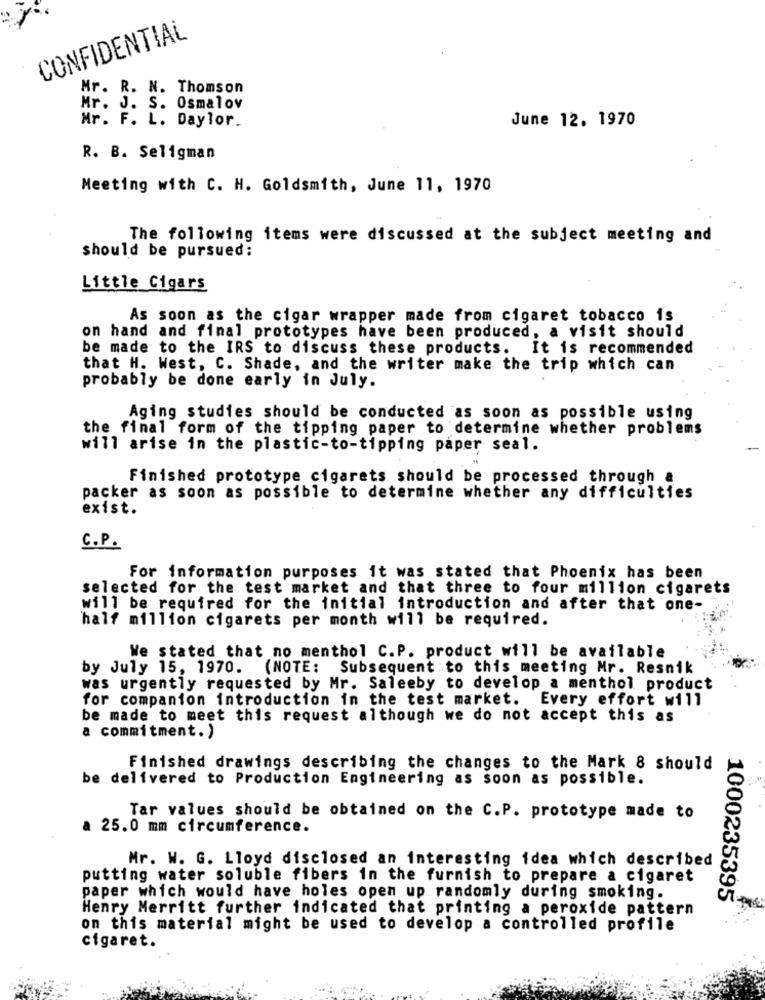
CONFIDENTIAL
Mr. R. N. Thomson
Mr. J. S. Osmalov
Mr. F. L. Daylor.
June 12. 1970
R. B. Seligman
Meeting with C. H. Goldsmith, June 11, 1970
The following items were discussed at the subject meeting and
should be pursued;
Little Cigars
As soon as the cigar wrapper made from cigaret tobacco is
on hand and final prototypes have been produced, a visit should
be made to the IRS to discuss these products.
It is recommended
that H. West, C. Shade, and the writer make the trip which can
probably be done early in July.
Aging studies should be conducted as soon as possible using
the final form of the tipping paper to determine whether problems
will arise in the plastic-to-tipping paper seal.
Finished prototype cigarets should be processed through a
packer as soon as possible to determine whether any difficulties
exist.
C.P.
For information purposes it was stated that Phoenix has been
selected for the test market and that three to four million cigarets
will be required for the initial introduction and after that one-
half million cigarets per month will be required.
We stated that no menthol C.P. product will be available
by July 15, 1970. (NOTE: Subsequent to this meeting Mr. Resnik
was urgently requested by Mr. Saleeby to develop a menthol product
for companion introduction in the test market. Every effort will
be made to meet this request although we do not accept this as
a commitment. )
Finished drawings describing the changes to the Mark 8 should
be delivered to Production Engineering as soon as possible.
Tar values should be obtained on the C.P. prototype made to
a 25.0 mm circumference.
Mr. W. G. Lloyd disclosed an interesting idea which described
putting water soluble fibers in the furnish to prepare a cigaret
paper which would have holes open up randomly during smoking.
1000235395
Henry Merritt further indicated that printing a peroxide pattern
on this material might be used to develop a controlled profile
cigaret.